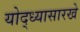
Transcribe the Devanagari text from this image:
योद्ध्यासारखे